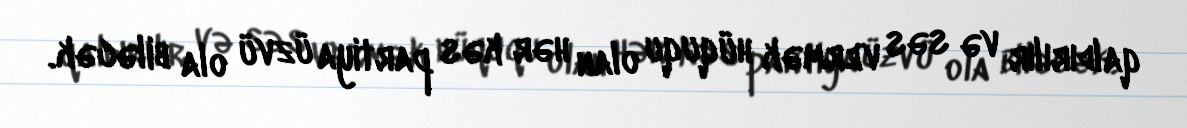
qaldırılır və səs vermək hüququ olan hər kəs partiya üzvü ola biləcək.